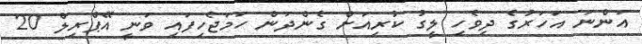
އަންނަ އަހަރުގެ ދިވެހި ލީގު ކުރިއަށް ގެންދަން ހަމަޖެހިފައި ވަނީ އޭޕްރިލް 20